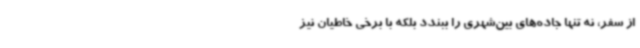
از سفر، نه تنها جاده‌های بین‌شهری را ببندد بلکه با برخی خاطیان نیز